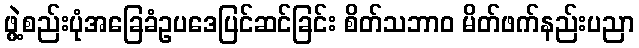
ဖွဲ့စည်းပုံအခြေခံဥပဒေပြင်ဆင်ခြင်း စိတ်သဘာဝ မိတ်ဖက်နည်းပညာ